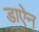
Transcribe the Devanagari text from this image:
डाऐन